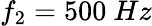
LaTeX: f_{2}=500~Hz